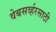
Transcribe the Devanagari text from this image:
वेबसर्व्हरसाठी